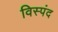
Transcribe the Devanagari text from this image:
विस्पंद